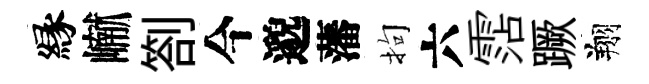
縁𪩘劄今邈藩拘六霑蹶翔